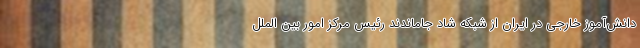
دانش‌آموز خارجی در ایران از شبکه شاد جاماندند رئیس مرکز امور بین الملل